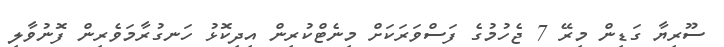
ސޫރިޔާ ގަޑިން މިރޭ 7 ޖެހުމުގެ ފަސްވަރަކަށް މިނެޓްކުރިން އިދިކޮޅު ހަނގުރާމަވެރިން ފޮނުވާލި